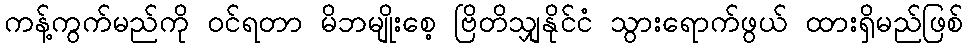
ကန့်ကွက်မည်ကို ဝင်ရတာ မိဘမျိုးစေ့ ဗြိတိသျှနိုင်ငံ သွားရောက်ဖွယ် ထားရှိမည်ဖြစ်